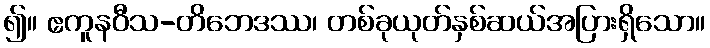
၍။ ဧကူနဝီသ-တိဘေဒဿ၊ တစ်ခုယုတ်နှစ်ဆယ်အပြားရှိသော။